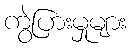
ကွဲပြားမှုများ